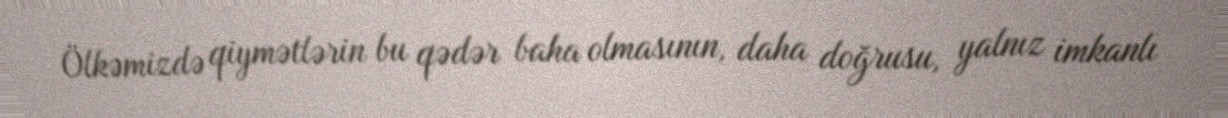
Ölkəmizdə qiymətlərin bu qədər baha olmasının, daha doğrusu, yalnız imkanlı